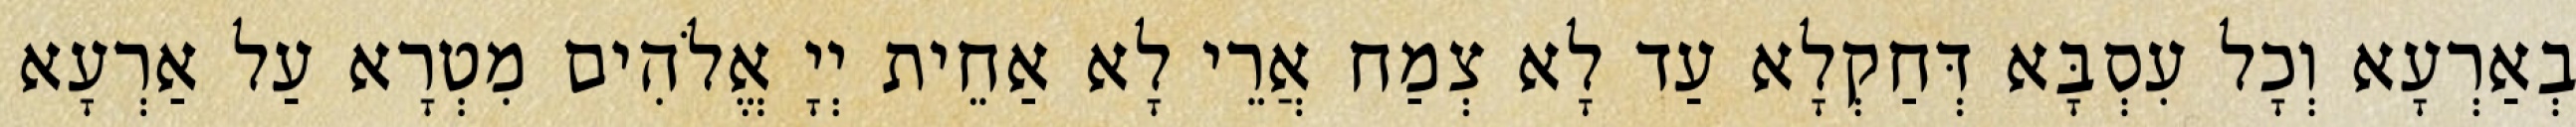
בְאַרְעָא וְכָל עִסְבָּא דְּחַקְלָא עַד לָא צְמַח אֲרֵי לָא אַחֵית יְיָ אֱלֹהִים מִטְרָא עַל אַרְעָא